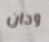
وحان